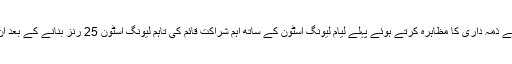
کامران اکمل تیسرے اوور میں 4 رنز بنانے کے بعد عامر یامین کا شکار بنے، شعیب ملک نے ذمہ داری کا مظاہرہ کرتے ہوئے پہلے لیام لیونگ اسٹون کے ساتھ اہم شراکت قائم کی تاہم لیونگ اسٹون 25 رنز بنانے کے بعد ان کا ساتھ چھوڑ گئے جس کے بعد شعیب نے لیوس گریگوری کے ساتھ اننگز کو آگے بڑھایا۔